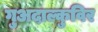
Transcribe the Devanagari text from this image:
गुअदाल्कुविर